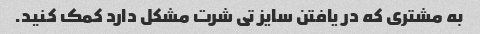
به مشتری که در یافتن سایز تی شرت مشکل دارد کمک کنید.